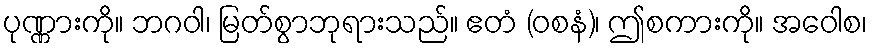
ပုဏ္ဏားကို။ ဘဂဝါ၊ မြတ်စွာဘုရားသည်။ ဧတံ (ဝစနံ)၊ ဤစကားကို။ အဝေါစ၊